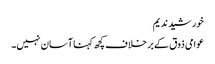
خورشید ندیم
عوامی ذوق کے بر خلاف کچھ کہنا آسان نہیں۔